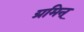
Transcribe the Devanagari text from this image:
ग्रमिन्